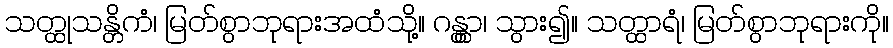
သတ္ထုသန္တိကံ၊ မြတ်စွာဘုရားအထံသို့။ ဂန္တွာ၊ သွား၍။ သတ္ထာရံ၊ မြတ်စွာဘုရားကို။